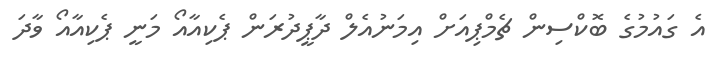
އެ ގައުމުގެ ބޮކްސިން ޗެމްޕިއަށް އިމަނުއެލް ދާޕީދުރަން ޕެކިއާއޯ މަނީ ޕެކިއާއޯ ވާދަ